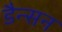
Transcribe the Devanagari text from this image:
डैन्सन